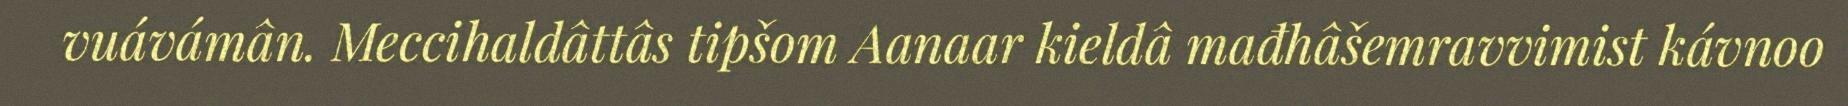
vuávámân. Meccihaldâttâs tipšom Aanaar kieldâ mađhâšemravvimist kávnoo